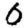
Digit: 0